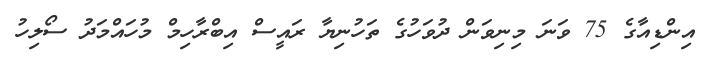
އިންޑިއާގެ 75 ވަނަ މިނިވަން ދުވަހުގެ ތަހުނިޔާ ރައީސް އިބްރާހިމް މުހައްމަދު ސޯލިހު